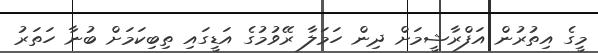
މީގެ އިތުރުން އަފްރާޝީމަށް ދިން ހަމަލާ ރޭވުމުގެ އަޑީގައި ތިބިކަމަށް ބުނާ ހަތަރު